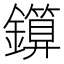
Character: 𨮰